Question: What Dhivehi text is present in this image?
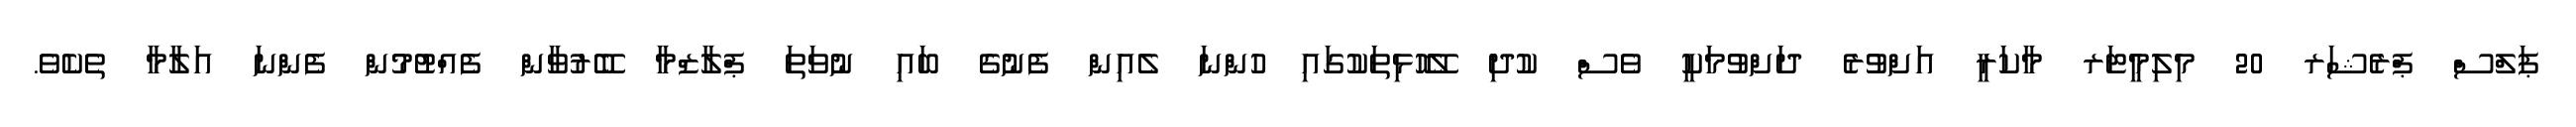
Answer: ޕަލްސް ޕްރެޝަރ 20 މިލިމީޓަރ މާކަރީ އަށްވުރެ ދަށްވުމަކީ ވެސް ކުދި ލޭހޮޅިތަކުގައި ހުންނަ ލެއިން ފެނުގެ ބައި ނުވަތަ ޕްލާޒްމާ ބޭރުވާން ފެއްޓުމުން ފެންނަ އަލާމާ ތެކެވެ.